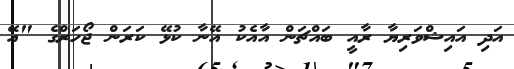
އަދި އައިޝްވަރިޔާ ރާއީ ބައްޗަން އާއެކު އޭނާ ކުޅޭ ކަރަން ޖޯހަރްގެ "އޭ